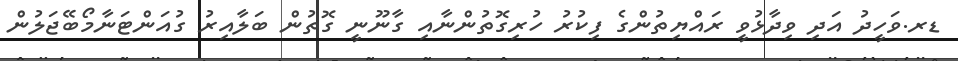
ޑރ.ވަހީދު އަދި ވިދާޅުވީ ރައްޔިތުންގެ ފިކުރު ހުރިގޮތުންނާއި ގާނޫނީ ގޮތުން ބަލާއިރު ގުއަންޓަނާމޯބޭޖަލުން